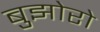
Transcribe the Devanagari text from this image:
बुझोरो